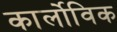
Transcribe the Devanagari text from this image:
कार्लोविक